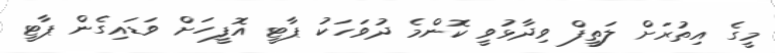
މީގެ އިތުރަށް ލަތީފް ވިދާޅުވީ ކޮންމެ ދުވަހަކު ޕާޓީ އޮފީހަށް ވަޑައިގެން ޕާޓީ